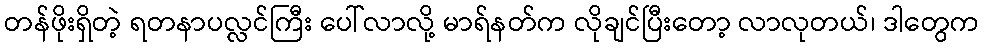
တန်ဖိုးရှိတဲ့ ရတနာပလ္လင်ကြီး ပေါ်လာလို့ မာရ်နတ်က လိုချင်ပြီးတော့ လာလုတယ်၊ ဒါတွေက